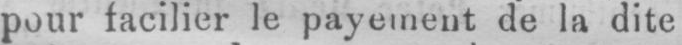
pour facilier le payement de la dite